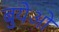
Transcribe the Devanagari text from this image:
बुयेओ